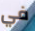
في